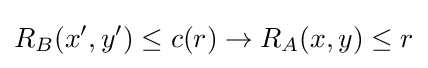
R_{B}(x',y')\leq c(r)\rightarrow R_{A}(x,y)\leq r